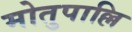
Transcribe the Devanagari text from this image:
मोतुपाल्लि